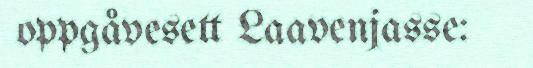
oppgåvesett Laavenjasse: